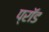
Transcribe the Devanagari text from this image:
प्रॉड